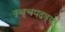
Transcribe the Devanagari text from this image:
उच्चपदव्या